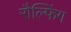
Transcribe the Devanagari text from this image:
रौल्फिंग